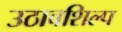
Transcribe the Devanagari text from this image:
उठावशिल्प